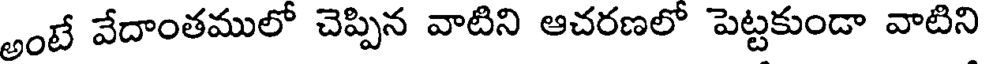
అంటే వేదాంతములో చెప్పిన వాటిని ఆచరణలో పెట్టకుండా వాటిని